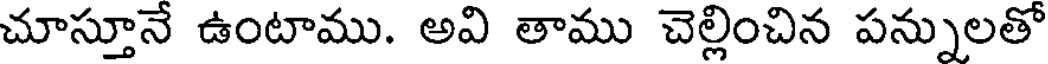
చూస్తూనే ఉంటాము. అవి తాము చెల్లించిన పన్నులతో